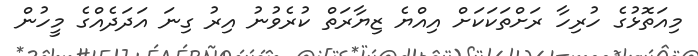
މިއަތޮޅުގެ ހުރިހާ ރަށްތަކަކަށް އިއްޔެ ޒިޔާރަތް ކުރެވުނު އިރު ގިނަ އަދަދެއްގެ މީހުން